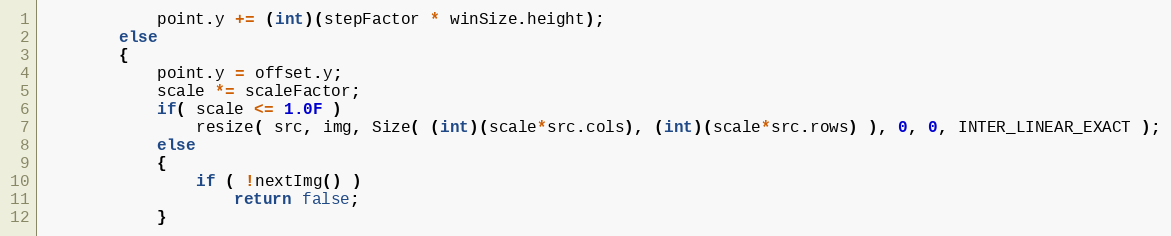
Language: C++
            point.y += (int)(stepFactor * winSize.height);
        else
        {
            point.y = offset.y;
            scale *= scaleFactor;
            if( scale <= 1.0F )
                resize( src, img, Size( (int)(scale*src.cols), (int)(scale*src.rows) ), 0, 0, INTER_LINEAR_EXACT );
            else
            {
                if ( !nextImg() )
                    return false;
            }